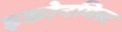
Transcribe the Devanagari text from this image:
इकोनमिस्ट